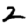
Digit: 2